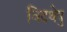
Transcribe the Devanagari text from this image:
विदथेषु